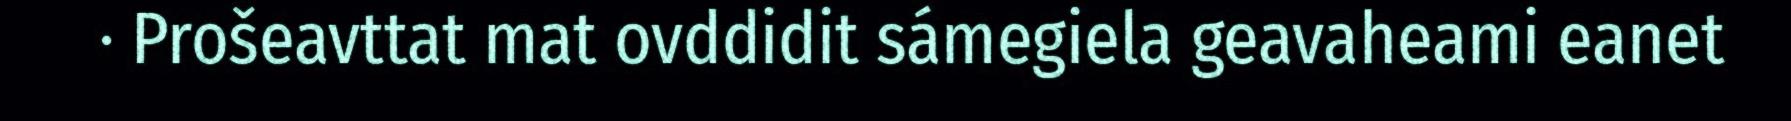
· Prošeavttat mat ovddidit sámegiela geavaheami eanet